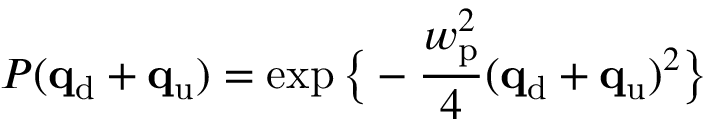
P ( \mathbf { q } _ { \mathrm { d } } + \mathbf { q } _ { \mathrm { u } } ) = \exp \big \{ - \frac { w _ { \mathrm { p } } ^ { 2 } } { 4 } ( \mathbf { q } _ { \mathrm { d } } + \mathbf { q } _ { \mathrm { u } } ) ^ { 2 } \big \}